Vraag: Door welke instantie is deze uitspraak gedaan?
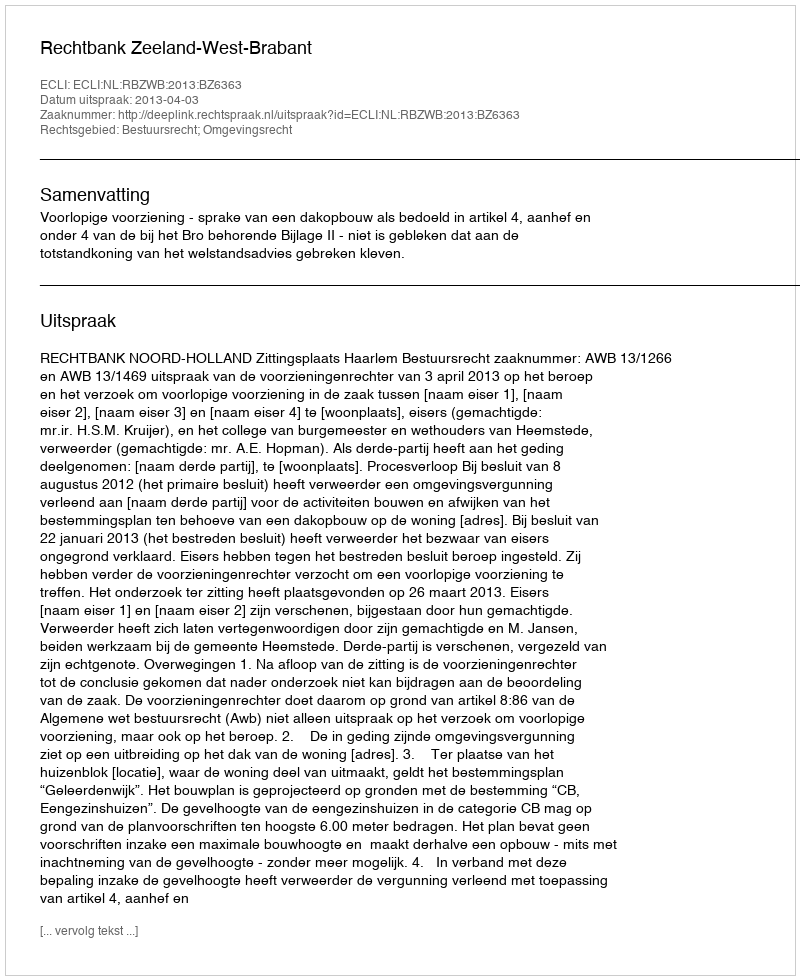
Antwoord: Rechtbank Zeeland-West-Brabant